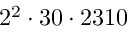
2 ^ { 2 } \cdot 3 0 \cdot 2 3 1 0